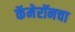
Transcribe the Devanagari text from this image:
कॅमेरॉनचा